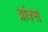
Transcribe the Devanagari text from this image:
ब्रांक्स